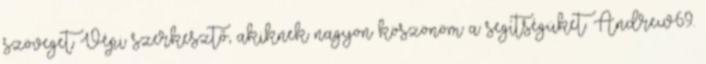
szöveget Vépi szerkesztő, akiknek nagyon köszönöm a segítségüket. Andrew69.